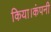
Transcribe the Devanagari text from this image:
किया।कंपनी